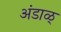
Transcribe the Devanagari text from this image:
अंडाळ्